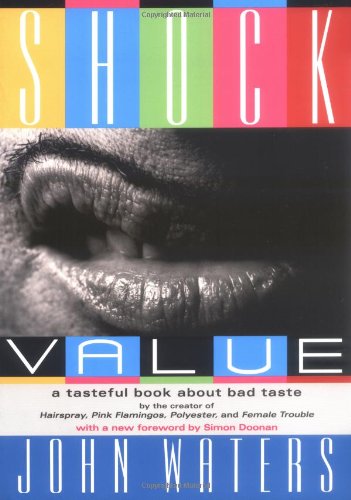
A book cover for Shock Value: A Tasteful Book About Bad Taste; John Waters; Humor & Entertainment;